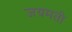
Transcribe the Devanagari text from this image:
जयमती